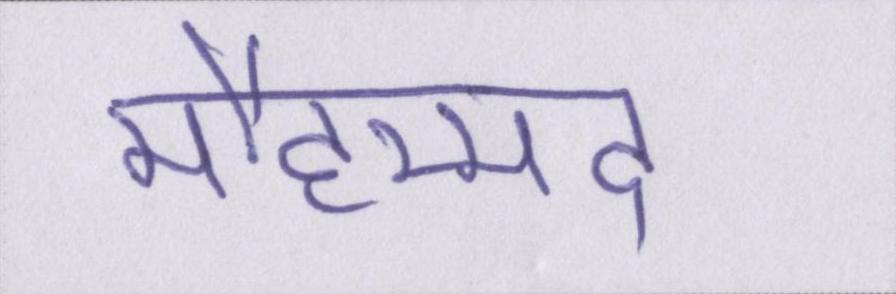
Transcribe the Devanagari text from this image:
मौहम्मद